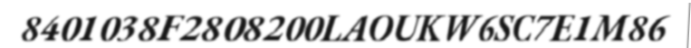
8401038F2808200LAOUKW6SC7E1M86